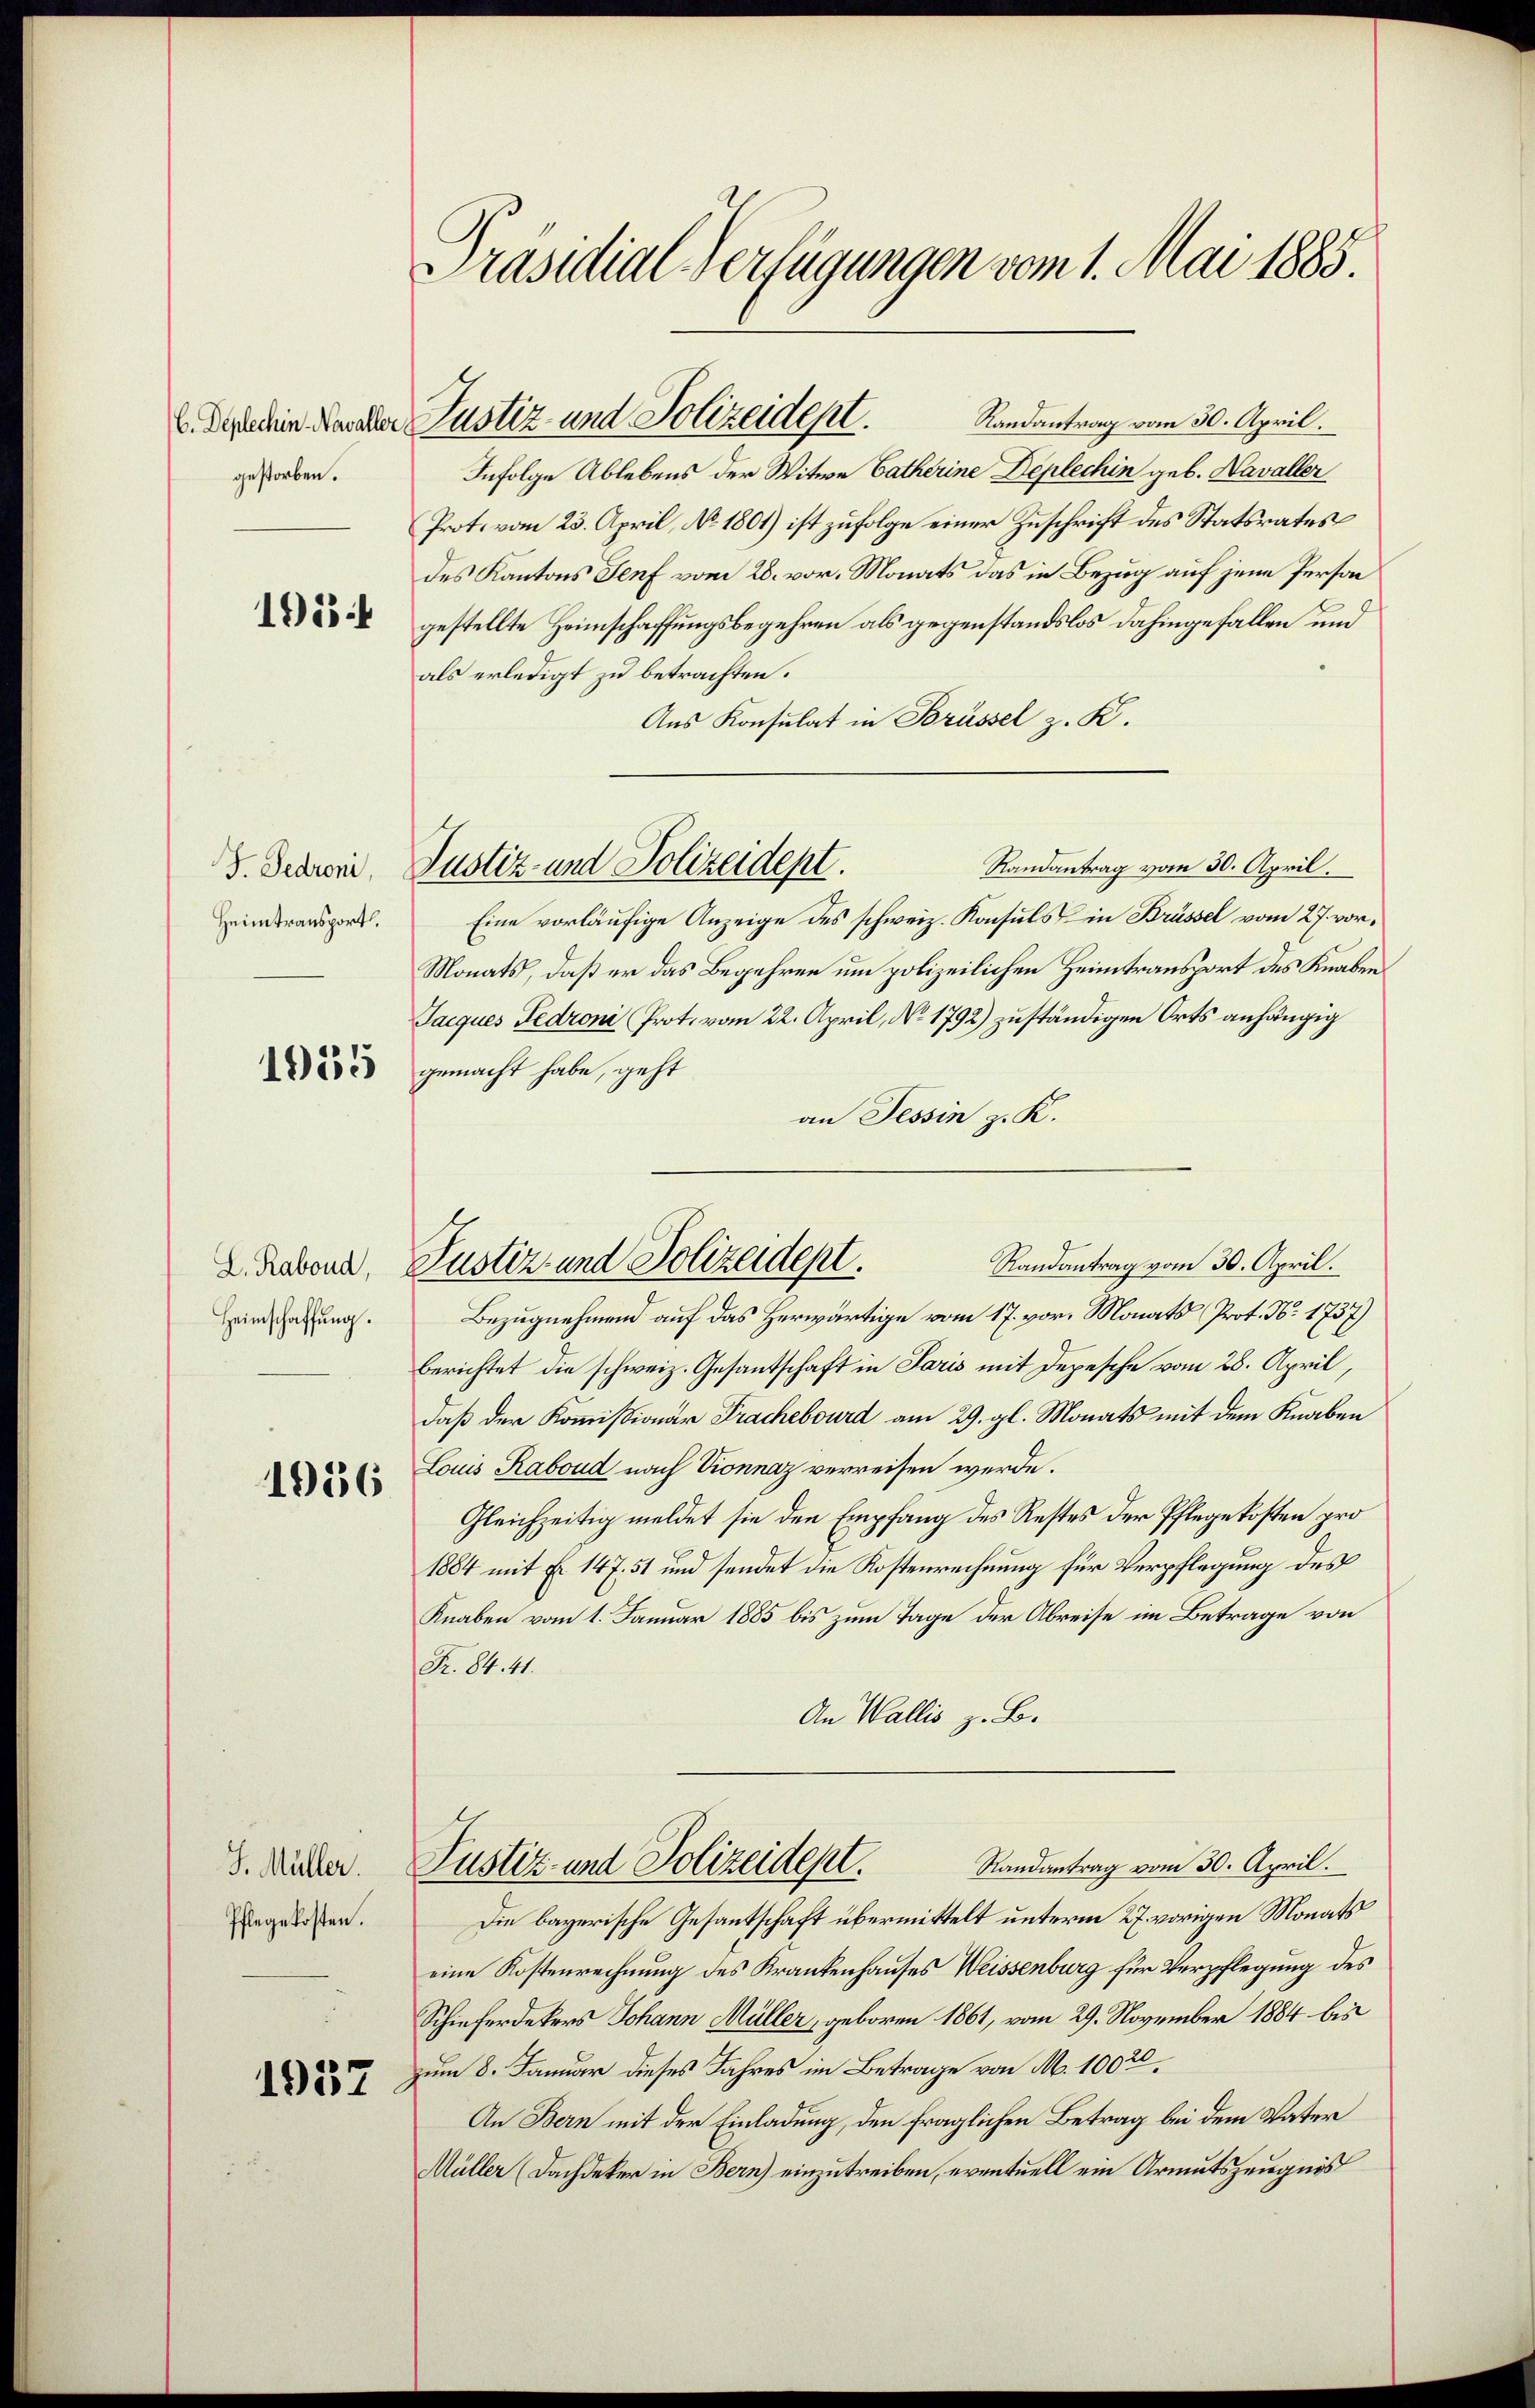
C. Deplechin Navaller
gestorben.

195 f

I. Sedroni,
Heimtransport.

1035

L. Rabond,
Heimschaffung.

1056

J. Müller.
Pflegekosten.

1932

Präsidial-Verfügungen vom 1. Mai 1885.

Justiz- und Polizeidept.

Randantrag vom 30. April.
Infolge Ablebens der Witwe Catherine Deplechin geb. Kavaller
Prot. vom 23. April, No. 1801) ist zufolge einer Zuschrift des Statsrates
des Kantons Genf vom 28. vor. Monats das in Bezug auf jene Person
gestellte Heimschaffungsbegehren als gegenstandslos dahingefallen und
als erledigt zu betrachten.
Aus Konsulat in Brüssel z. K.
Randantrag vom 30. April.
Eine vorläufige Anzeige des schweiz. Konsuls in Brüssel vom 27. vor¬
Monats, daß er das Begehren um polizeilichen Heimtransport des Knaben
Saiques Fedroni (Prot. vom 22. April, No. 1792) zuständigen Orts anhängig
gemacht habe, geht
an Tessin z. K.
Bezugnehmend auf das Herwärtige vom 17. vor. Monats Prot. N. 1737)
berichtet die schweiz. Gesantschaft in Paris mit Depesche vom 28. April,
daß der Kommissionar Frachebourd am 29. gl. Monats mit dem Knaben
Louis Raboud nach Konnaz verreisen werde.
Gleichzeitig meldet sie den Empfang des Restes der Pflegekosten pro
1884 mit Fr. 147. 51 und sendet die Kostenrechnung für Verpflegung des
Knaben vom 1. Januar 1885 bis zum Tage der Abreise im Betrage von
Dr. S. 41.
An Wallis z. B.
Justiz- und Polizeidest. Randantrag vom 30. April.
Die bayerische Gesantschaft übermittelt unterm 27. vorigen Monats
eine Kostenrechnung des Krankenhauses Weissenburg für Verpflegung des
Schieferdekers Johann Müller, geboren 1861, vom 29. November 1884 bis
am 8. Januar dieses Jahres im Betrage von M. 1002.
An Bern mit der Einladung, den fraglichen Betrag bei dem Vater
Müller (Dachdeker in Bern) einzutreiben, eventuell ein Armutszeugnis

Justiz- und Polizeidept.

Randantrag vom 30. April.
Justiz- und Polizeidept.